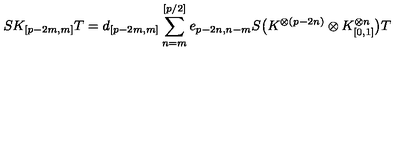
S K _ { [ p - 2 m , m ] } T = d _ { [ p - 2 m , m ] } \sum _ { n = m } ^ { [ p / 2 ] } e _ { p - 2 n , n - m } S \bigl ( K ^ { \otimes ( p - 2 n ) } \otimes K _ { [ 0 , 1 ] } ^ { \otimes n } \bigr ) T